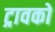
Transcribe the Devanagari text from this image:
ट्रावको